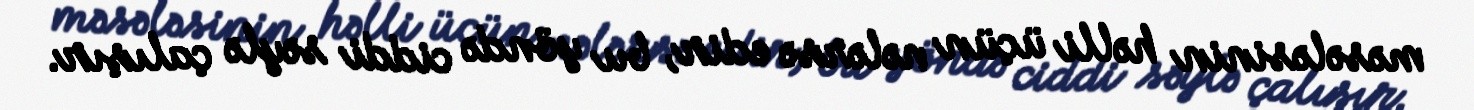
məsələsinin həlli üçün nələrsə edir, bu yöndə ciddi səylə çalışır.